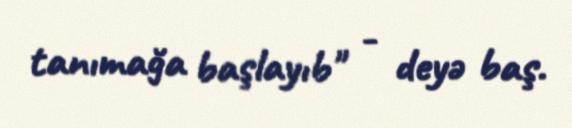
tanımağa başlayıb" - deyə baş.